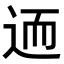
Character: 𨒩